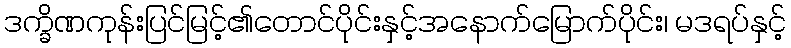
ဒက္ခိဏကုန်းပြင်မြင့်၏တောင်ပိုင်းနှင့်အနောက်မြောက်ပိုင်း၊ မဒရပ်နှင့်